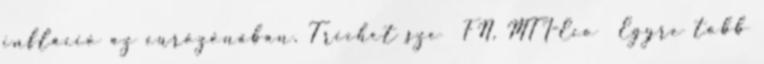
infláció az eurózónában. Trichet sze FN, MTI-Eco Egyre több